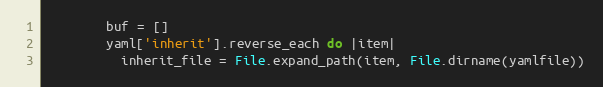
Language: Ruby
        buf = []
        yaml['inherit'].reverse_each do |item|
          inherit_file = File.expand_path(item, File.dirname(yamlfile))